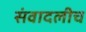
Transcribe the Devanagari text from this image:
संवादलीच